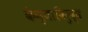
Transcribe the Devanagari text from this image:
केन्याविरुद्ध